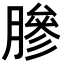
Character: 𬛓